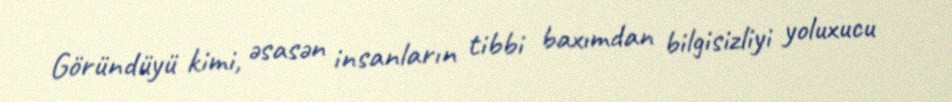
Göründüyü kimi, əsasən insanların tibbi baxımdan bilgisizliyi yoluxucu